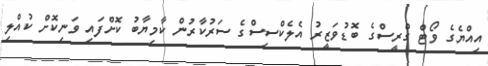
އިއްޔެގެ ވޯޓް ގްރީސްގެ ބޮޑުވަޒީރު އެލެކްސިސްގެ ސަރުކާރުން ކާމިޔާބު ކޮށްފައި ވަނިކޮށް ކުއްލި